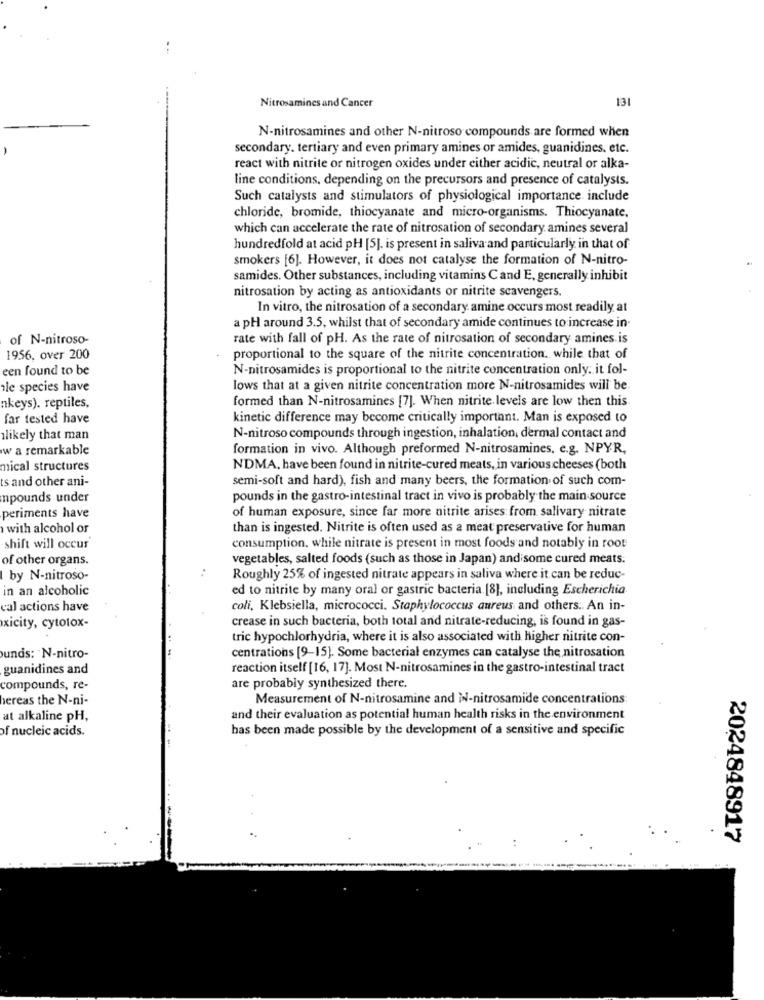
131
Nitrosamines and Cancer
N-nitrosamines and other N-nitroso compounds are formed when
secondary. tertiary and even primary amines or amides, guanidines. etc.
react with nitrite or nitrogen oxides under either acidic, neutral or alka-
line conditions, depending on the precursors and presence of catalysts.
Such catalysts and stimulators of physiological importance include
chloride, bromide, thiocyanate and micro-organisms. Thiocyanate.
which can accelerate the rate of nitrosation of secondary amines several
hundredfold at acid pH [5]. is present in saliva and particularly in that of
smokers [6]. However, it does not catalyse the formation of N-nitro-
samides. Other substances, including vitamins Cand E, generally inhibit
nitrosation by acting as antioxidants or nitrite scavengers.
In vitro, the nitrosation of a secondary amine occurs most readily at
a pH around 3.5, whilst that of secondary amide continues to increase in.
of N-nitroso-
rate with fall of pH. As the rate of nitrosation of secondary amines is
1956, over 200
proportional to the square of the nitrite concentration. while that of
een found to be
N-nitrosamides is proportional to the nitrite concentration only. it fol-
le species have
lows that at a given nitrite concentration more N-nitrosamides will be
formed than N-nitrosamines [7]. When nitrite. levels are low then this
nkeys). reptiles,
far tested have
kinetic difference may become critically important. Man is exposed to
likely that man
N-nitroso compounds through ingestion, inhalation, dermal contact and
w a remarkable
formation in vivo. Although preformed N-nitrosamines, e.g. NPYR,
mical structures
NDMA, have been found in nitrite-cured meats, in various cheeses (both
ts and other ani-
semi-soft and hard), fish and many beers, the formation of such com-
npounds under
pounds in the gastro-intestinal tract in vivo is probably the main source
periments have
of human exposure, since far more nitrite arises: from salivary nitrate
with alcohol or
than is ingested. Nitrite is often used as a meat preservative for human
shift will occur
consumption, while nitrate is present in most foods and notably in root
of other organs.
vegetables, salted foods (such as those in Japan) and some cured meats.
I by N-nitroso-
Roughly 25% of ingested nitrate appears in saliva where it can be reduc-
in an alcoholic
ed to nitrite by many oral or gastric bacteria. [8], including Escherichia
cal actions have
coli, Klebsiella, micrococci. Staphylococcus aureus and others. An in-
crease in such bacteria, both total and nitrate-reducing, is found in gas-
xicity, cytotox-
tric hypochlorhydria, where it is also associated with higher nitrite con-
unds: N-nitro-
centrations [9-15). Some bacterial enzymes can catalyse the nitrosation
guanidines and
reaction itself [16, 17]. Most N-nitrosamines in the gastro-intestinal tract
compounds, re-
are probably synthesized there.
hereas the N-ni-
Measurement of N-nitrosamine and iN-nitrosamide concentrations
at alkaline pH,
and their evaluation as potential human health risks in the environment
of nucleic acids.
has been made possible by the development of a sensitive and specific
..
2024848917